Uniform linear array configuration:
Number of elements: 4
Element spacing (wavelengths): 0.5
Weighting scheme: blackman
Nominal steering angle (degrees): -45
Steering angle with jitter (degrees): -44.316
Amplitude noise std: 0.05
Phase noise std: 0.05

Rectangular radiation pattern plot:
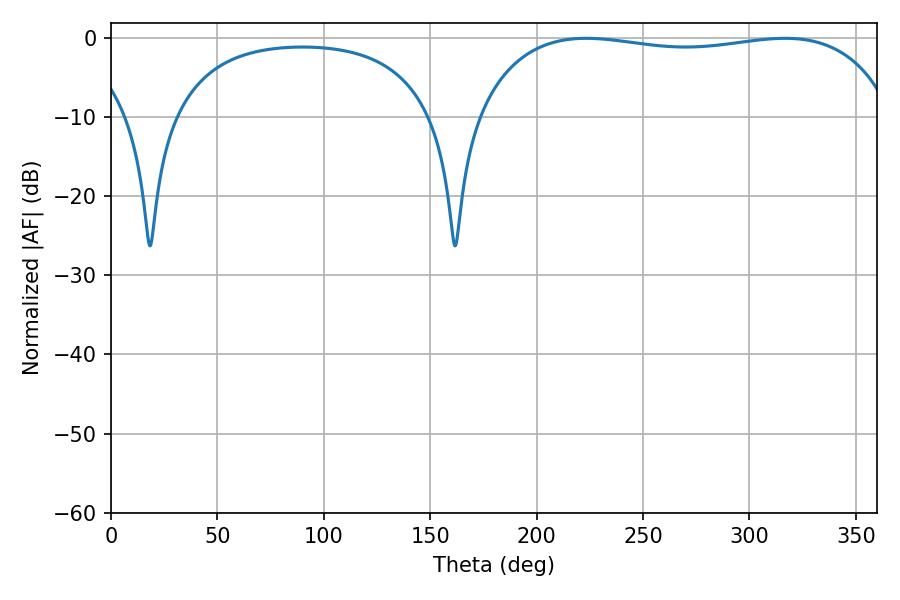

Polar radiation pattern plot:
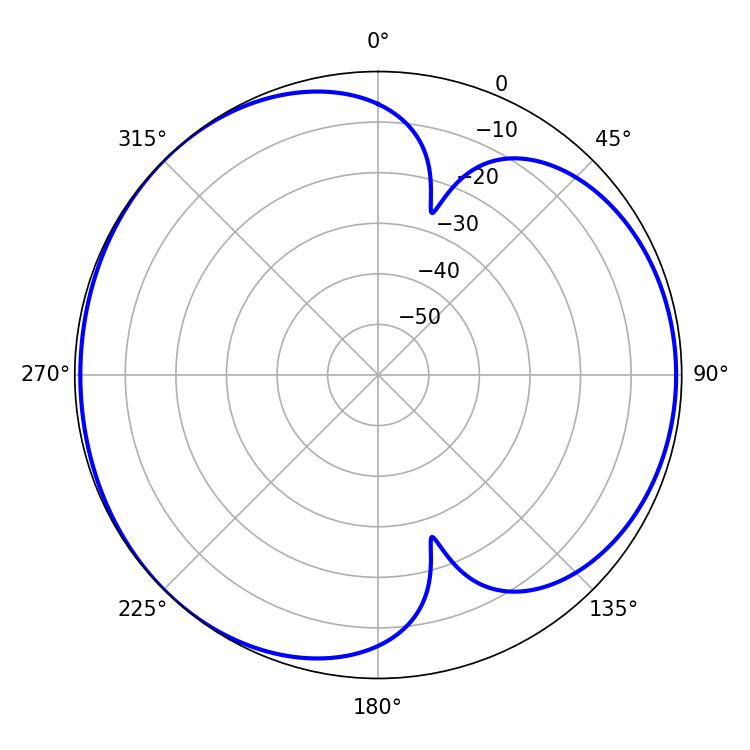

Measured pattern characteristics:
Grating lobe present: FALSE
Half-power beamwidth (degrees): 158.4
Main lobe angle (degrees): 223.2